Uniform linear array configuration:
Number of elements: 8
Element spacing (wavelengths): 0.5
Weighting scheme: uniform
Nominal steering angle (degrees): -15
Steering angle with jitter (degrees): -13.466
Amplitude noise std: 0.05
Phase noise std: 0.05

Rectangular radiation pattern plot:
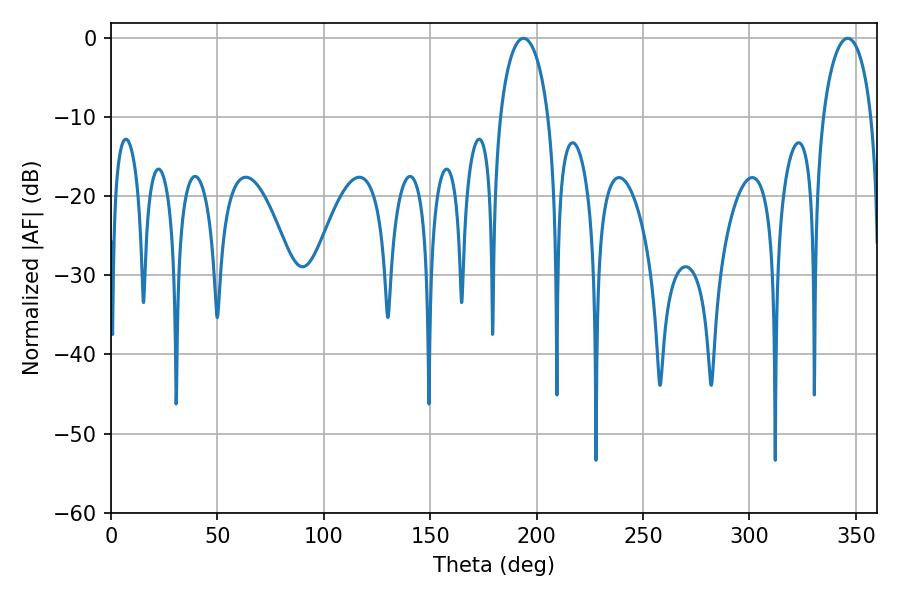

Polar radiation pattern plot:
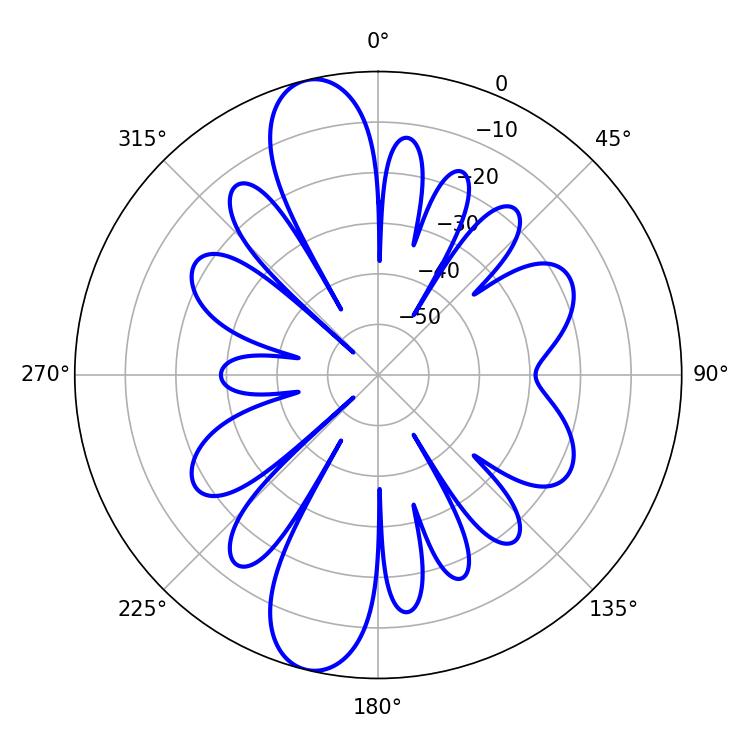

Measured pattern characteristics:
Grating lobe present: FALSE
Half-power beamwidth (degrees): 13.14
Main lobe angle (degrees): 193.86